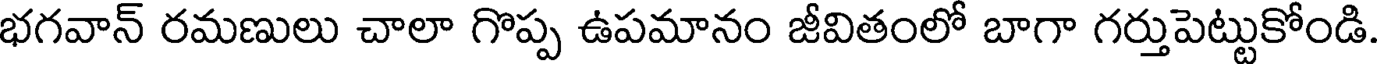
భగవాన్ రమణులు చాలా గొప్ప ఉపమానం జీవితంలో బాగా గర్తుపెట్టుకోండి